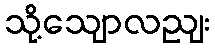
သို့သျောလညျး